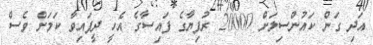
އަދި ގަން ކައުންސިލަށް 20000 ރުފިޔާގެ ފައިސާގެ އެހީ ދީފައިވާ ކަމަށް ވެސް